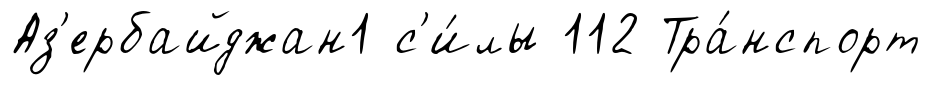
Аз'ербайджан1 с'и́лы 112 Тра́нспорт